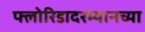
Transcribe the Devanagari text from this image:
फ्लोरिडादरम्यानच्या